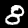
Digit: 8